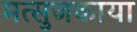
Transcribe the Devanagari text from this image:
मत्सुजकाया